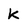
Character: k